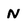
Character: N